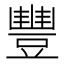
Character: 豐